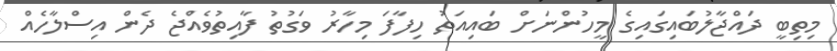
މިތިބީ ދައްޖާލުބައިގައިގެ މީހުންނަށް ބައިއަތު ހިފާފަ މިހާރު ވަގުތު ފާއިތުވެއްޖެ ދެން އިސްލާހެއް